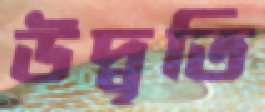
উদ্বৃতি